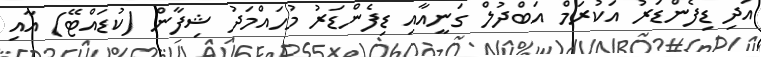
އަދި ޑިފެންޑަރު އަކުރަމް އަބްދުލް ގަނީއާއި ޑިފެންޑަރު މުހައްމަދު ޝިފާން (ކުޑައްޓޭ) އާއި